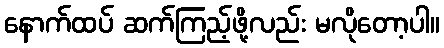
နောက်ထပ် ဆက်ကြည့်ဖို့လည်း မလိုတော့ပါ။